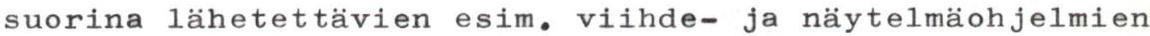
suorina lähetettävien esim. viihde- ja näytelmäohjelmien